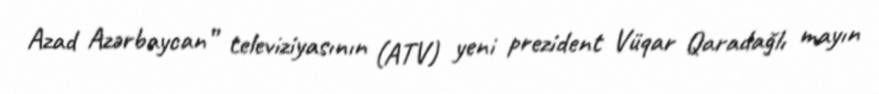
Azad Azərbaycan” televiziyasının (ATV) yeni prezident Vüqar Qaradağlı mayın